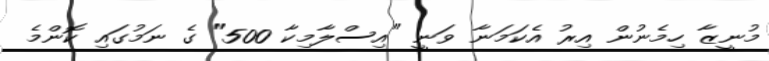
މުނީޒާ ހިމެނުން އިރު އެކަމަނާ ވަނީ "އިސްލާމިކާ 500" ގެ ނަމުގައި ކޮންމެ